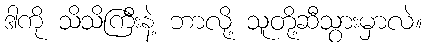
ဒါကို သိသိကြီးနဲ့ ဘာလို့ သူတို့ဆီသွားမှာလဲ။